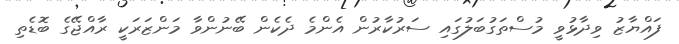
ފައްޔާޒު ވިދާޅުވީ މުސްތަގުބަލުގައި ސަރުކާރުން އެންމެ ދެކެން ބޭނުންވާ މަންޒަރަކީ ރާއްޖޭގެ ބޮޑެތި